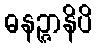
ဓနဉ္ဇာနိပိ